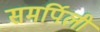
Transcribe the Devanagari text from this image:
समर्पिली